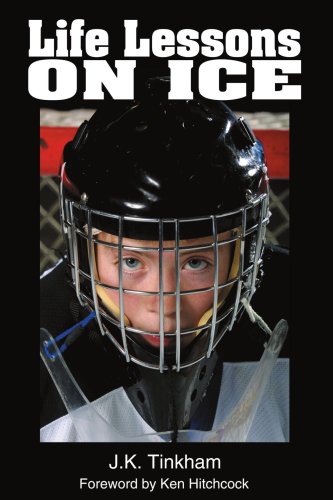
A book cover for Life Lessons On Ice; J.K. Tinkham; Teen & Young Adult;